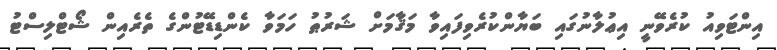
އިންޓަވިއު ކުރެވޭނީ އިޢުލާނުގައި ބަޔާންކުރެވިފައިވާ މަޤާމަށް ޝަރުޠު ހަމަވާ ކެންޑިޑޭޓުންގެ ތެރެއިން ޝޯޓްލިސްޓު